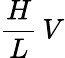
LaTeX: \frac{H}{L}\, V